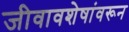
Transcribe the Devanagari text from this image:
जीवावशेषांवरून